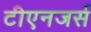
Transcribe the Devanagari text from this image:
टीएनजर्स